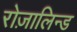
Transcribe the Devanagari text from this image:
रोज़ालिन्ड